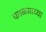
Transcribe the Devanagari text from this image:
चघळायच्या